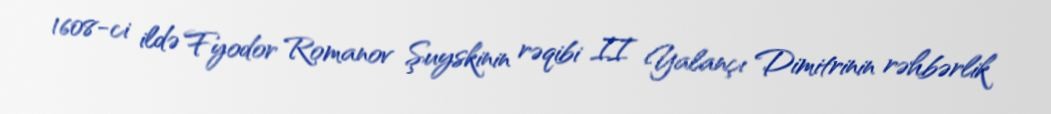
1608-ci ildə Fyodor Romanov Şuyskinin rəqibi II Yalançı Dimitrinin rəhbərlik